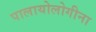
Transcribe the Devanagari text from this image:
पालायोलोगीना